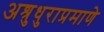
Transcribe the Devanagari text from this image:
अश्रुधुराप्रमाणे